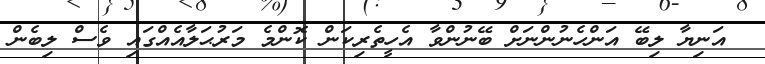
އަނިޔާ ލިބޭ އަންހެނުންނަށް ބޭނުންވާ އެހީތެރިކަން ކޮންމެ މަރުޙަލާއެއްގައި ވެސް ލިބެން